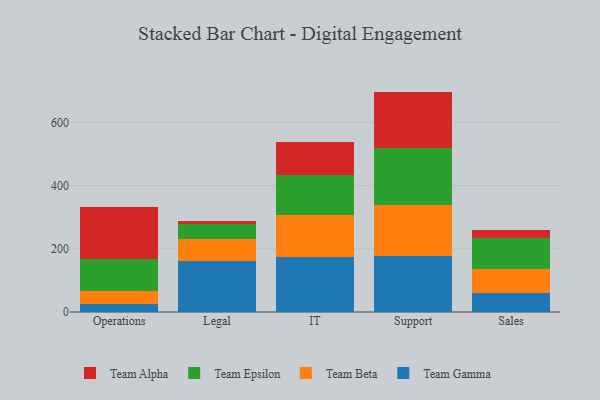
{"axis": {"x": "Department", "y": "Customer Acquisition Cost (USD)"}, "legend": ["Team Alpha", "Team Beta", "Team Epsilon", "Team Gamma"], "data": [{"x": "Operations", "y": 26.6, "type": "Team Gamma"}, {"x": "Operations", "y": 39.5, "type": "Team Beta"}, {"x": "Operations", "y": 102.4, "type": "Team Epsilon"}, {"x": "Operations", "y": 162.2, "type": "Team Alpha"}, {"x": "Legal", "y": 159.9, "type": "Team Gamma"}, {"x": "Legal", "y": 71.5, "type": "Team Beta"}, {"x": "Legal", "y": 46.8, "type": "Team Epsilon"}, {"x": "Legal", "y": 10.0, "type": "Team Alpha"}, {"x": "IT", "y": 173.3, "type": "Team Gamma"}, {"x": "IT", "y": 133.6, "type": "Team Beta"}, {"x": "IT", "y": 126.8, "type": "Team Epsilon"}, {"x": "IT", "y": 102.7, "type": "Team Alpha"}, {"x": "Support", "y": 177.7, "type": "Team Gamma"}, {"x": "Support", "y": 161.4, "type": "Team Beta"}, {"x": "Support", "y": 179.5, "type": "Team Epsilon"}, {"x": "Support", "y": 178.6, "type": "Team Alpha"}, {"x": "Sales", "y": 61.2, "type": "Team Gamma"}, {"x": "Sales", "y": 74.4, "type": "Team Beta"}, {"x": "Sales", "y": 99.2, "type": "Team Epsilon"}, {"x": "Sales", "y": 26.1, "type": "Team Alpha"}]}